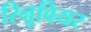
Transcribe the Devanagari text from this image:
रिनूवियर